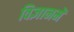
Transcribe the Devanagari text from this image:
विज्ञानमें